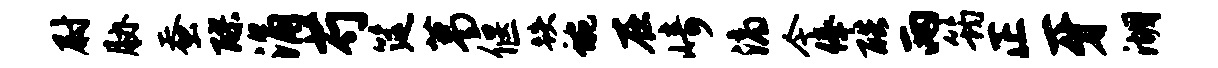
尉胁蚕醪涌芍筵葛偃跌蜿在崎滴今俸酷两筠正牙湖